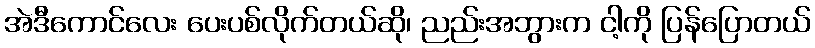
အဲဒီကောင်လေး ပေးပစ်လိုက်တယ်ဆို၊ ညည်းအဘွားက ငါ့ကို ပြန်ပြောတယ်